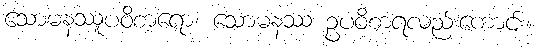
သောမနဿူပဝိစာရော၊ သောမနဿ ဥပဝိစာရလည်းကောင်း။